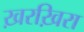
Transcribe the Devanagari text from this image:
ख़रख़िरा